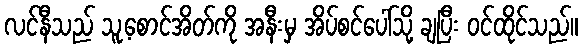
လင်နီသည် သူ့စောင်အိတ်ကို အနီးမှ အိပ်စင်ပေါ်သို့ ချပြီး ဝင်ထိုင်သည်။